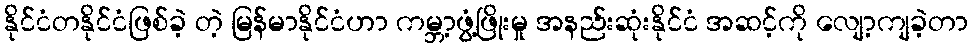
နိုင်ငံတနိုင်ငံဖြစ်ခဲ့ တဲ့ မြန်မာနိုင်ငံဟာ ကမ္ဘာ့ဖွံ့ဖြိုးမှု အနည်းဆုံးနိုင်ငံ အဆင့်ကို လျော့ကျခဲ့တာ